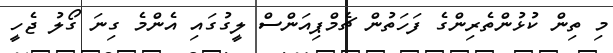
މި ތިން ކުޅުންތެރިންގެ ފަހަތުން ޗެމްޕިއަންސް ލީގުގައި އެންމެ ގިނަ ގޯލު ޖެހީ